Report of an investigation of the epidemic of malarial fever in Assam, or, kala-azar
Disease focus: Malaria
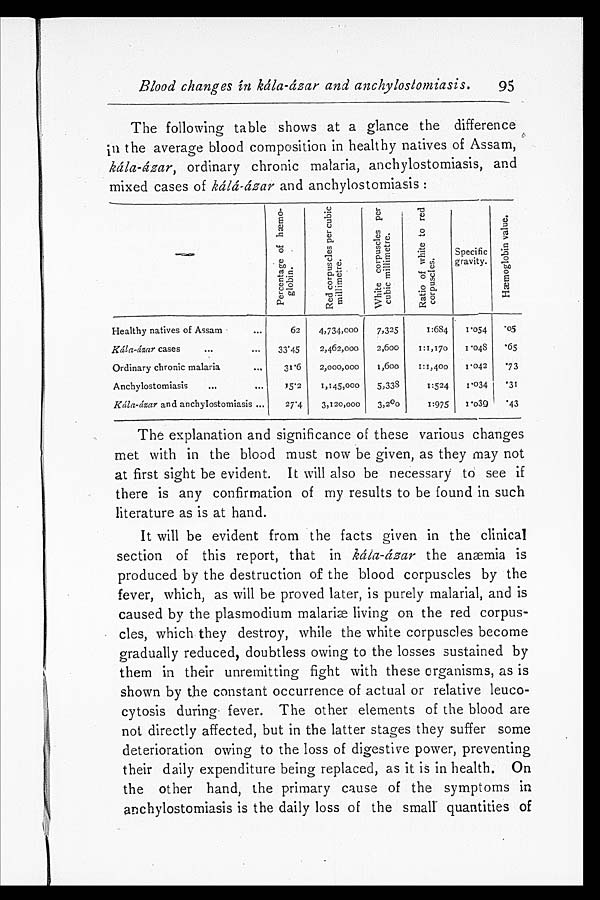
Blood changes in kála-ázar and anchylostomiasis.
95
The following table shows at a glance the difference
in the average blood composition in healthy natives of Assam,
kála-ázar, ordinary chronic malaria, anchylostomiasis, and
mixed cases of kála-ázar and anchylostomiasis:
————
P e r c e n t a g e o f h æ m o - g l o b i n .
R e d c o r p u s c l e s p e r c u b i c m i l l i m e t r e .
W h i t e c o r p u s c l e s p e r c u b i c m i l l i m e t r e .
R a t i o o f w h i t e t o r e d c o r p u s c l e s .
S p e c i f i c g r a v i t y .
H æ m o g l o b i n v a l u e .
Healthy natives of Assam
6 2
4 , 7 3 4 , 0 0 0
7, 325
1 : 6 8 4
1 . 0 5 4
. 0 5
Kála-ázar cases
33.45
2 , 4 6 2 , 0 0 0
2, 600
1: 1, 170
1 . 0 4 8
. 6 5
Ordinary chronic malaria
3 1 . 6
2 , 0 0 0 , 0 0 0
1, 600
1: 1, 400
1 . 0 4 2
. 7 3
Anchylostomiasis
1 5 . 2
1 , 1 4 5 , 0 0 0
5, 338
1 : 5 2 4
1 . 0 3 4
. 3 1
Kála-ázar and anchylostomiasis
2 7 . 4
3 , 1 2 0 , 0 0 0
3, 200
1 : 9 7 5
1 . 0 3 9
. 4 3
The explanation and significance of these various changes
met with in the blood must now be given, as they may not
at first sight be evident. It will also be necessary to see if
there is any confirmation of my results to be found in such
literature as is at hand.
It will be evident from the facts given in the clinical
section of this report, that in kála-ázar the anæmia is
produced by the destruction of the blood corpuscles by the
fever, which, as will be proved later, is purely malarial, and is
caused by the plasmodium malariæ living on the red corpus
- c l e s , w h i c h t h e y d e s t r o y , w h i l e t h e w h i t e c o r p u s c l e s b e c o m e
gradually reduced, doubtless owing to the losses sustained by
them in their unremitting fight with these organisms, as is
shown by the constant occurrence of actual or relative leuco
- c y t o s i s d u r i n g f e v e r . T h e o t h e r e l e m e n t s o f t h e b l o o d a r e
not directly affected, but in the latter stages they suffer some
deterioration owing to the loss of digestive power, preventing
their daily expenditure being replaced, as it is in health. On
the other hand, the primary cause of the symptoms in
anchylostomiasis is the daily loss of the small quantities of